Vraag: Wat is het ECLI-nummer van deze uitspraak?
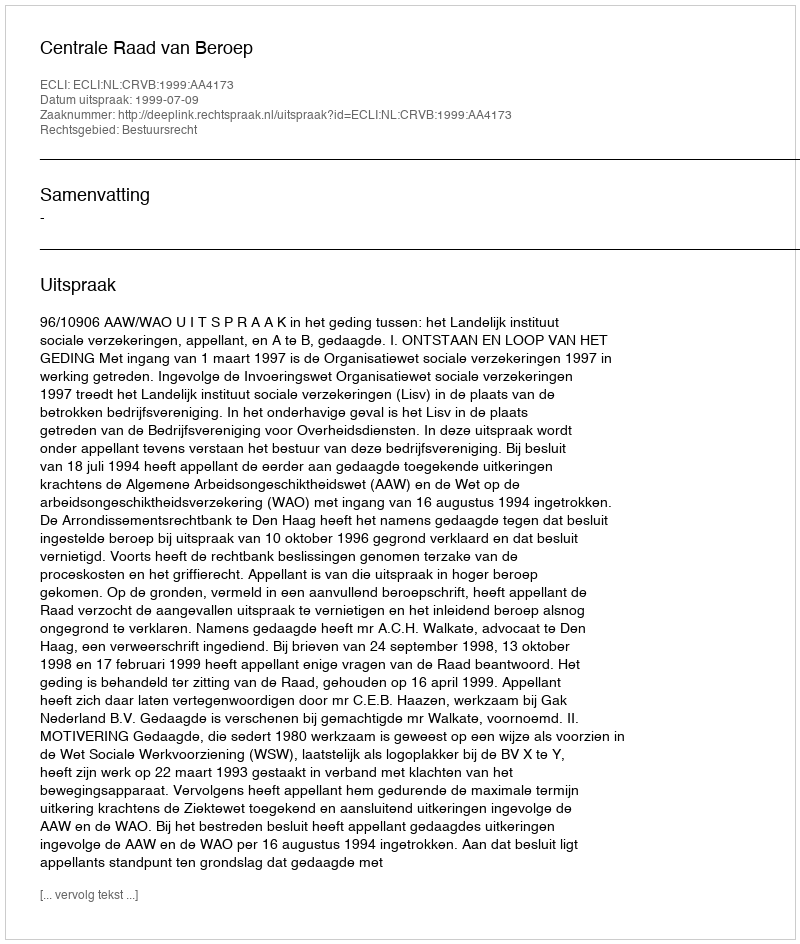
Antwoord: ECLI:NL:CRVB:1999:AA4173